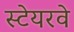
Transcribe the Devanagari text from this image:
स्टेयरवे